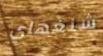
شنغهاي